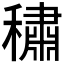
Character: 𰨻